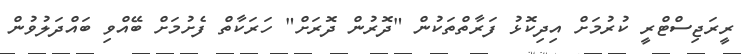
ރީރަޖިސްޓްރީ ކުރުމަށް އިދިކޮޅު ފަރާތްތަކުން "ދޮރުން ދޮރަށް" ހަރަކާތް ފެށުމަށް ބޭއްވި ބައްދަލުވުން